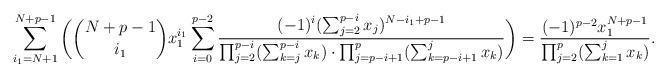
LaTeX: \begin{align*}\sum_{i_1=N+1}^{N+p-1} \bigg(\binom{N+p-1}{i_1} x_1^{i_1}\sum_{i=0}^{p-2}\frac{ (-1)^i(\sum_{j=2}^{p-i}x_j)^{N-i_1+p-1} }{\prod_{j=2}^{p-i}(\sum_{k=j}^{p-i}x_k)\cdot \prod_{j=p-i+1}^{p}(\sum_{k=p-i+1}^j x_k)}\bigg)=\frac{(-1)^{p-2}x_1^{N+p-1}}{ \prod_{j=2}^{p}(\sum_{k=1}^j x_k)}.\end{align*}